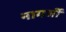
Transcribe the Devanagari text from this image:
नागर्जी